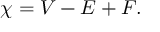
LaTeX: \chi = V - E + F .